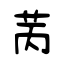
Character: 苪